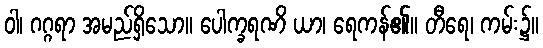
ဝါ၊ ဂဂ္ဂရာ အမည်ရှိသော။ ပေါက္ခရဏိ ယာ၊ ရေကန်၏။ တီရေ၊ ကမ်း၌။